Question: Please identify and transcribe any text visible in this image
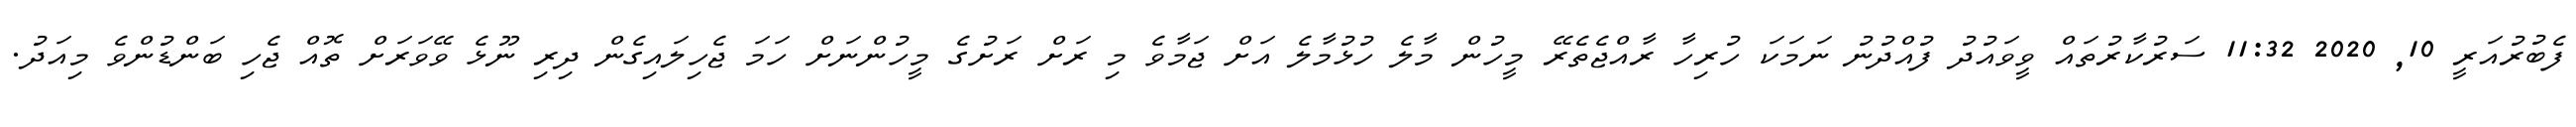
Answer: ފެބުރުއަރީ 10, 2020 11:32 ސަރުކާރުތައް ވީވައުދު ފުއްދުނު ނަމަކަ ހުރިހާ ރާއްޖެތެރޭ މީހުން މާލެ ހުޅުމާލެ އަށް ޖަމާވެ މި ރަށް ރަށުގެ މީހުންނަށް ހަމަ ޖެހިލައިގެން ދިރި ނޫޅެ ވޭވަރަށް ތޮއް ޖެހި ބަންޑުންވެ މިއަދު.